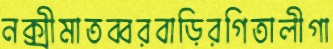
নক্সীমাতব্বরবাড়িরগিতালীগা